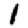
Digit: 1